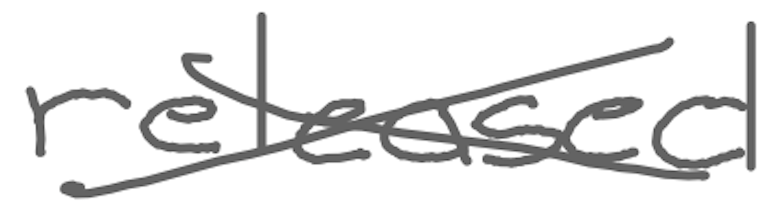
Text: released
Cross-out: cross
Writing tool: digital_gray